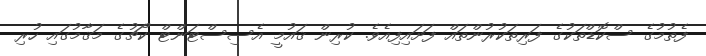
ފެތުމުގެ ސްކޮޑްތަކުގެ ފަރިތަކުރުންތައް ފަށައިފިއެވެ. ކުރިން ޤައުމީ އެސިސްޓަންޓް ކޯޗުގެ މަޤާމުގައި ހުރި